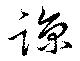
諒